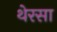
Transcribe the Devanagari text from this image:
थेरसा